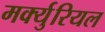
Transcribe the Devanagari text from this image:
मर्क्युरियल